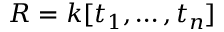
R = k [ t _ { 1 } , \ldots , t _ { n } ]